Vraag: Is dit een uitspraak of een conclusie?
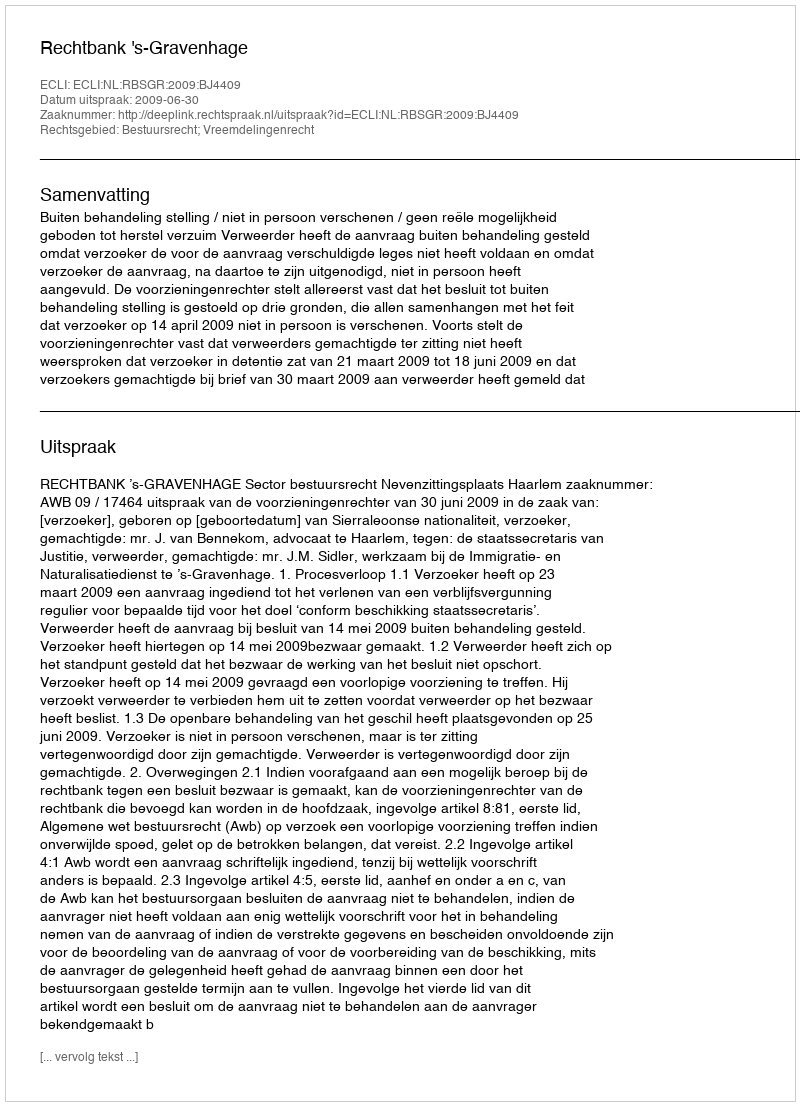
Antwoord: Uitspraak